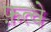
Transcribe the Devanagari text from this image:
फ़त्वे